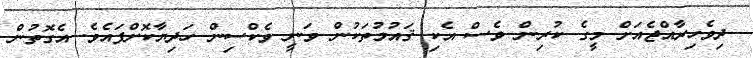
ދިވެހިރާއްޖެއަށް މީގެ ކުރިން ވެސް އެކި ޤައުމުތަކުން ވަނީ ވެކްސިން ހަދިޔާކޮށްފައެވެ. އެގޮތުން